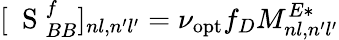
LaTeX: [\mathrm{~\mathbf~S~}_{BB}^{f}]_{nl,n^{\prime}l^{\prime}}=\nu_{\mathrm{opt}}f_{D}M_{nl,n^{\prime}l^{\prime}}^{E*}